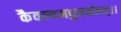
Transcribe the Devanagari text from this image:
कैवल्यमपुनर्भवम्‌।।